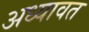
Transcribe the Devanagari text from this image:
अध्यावत